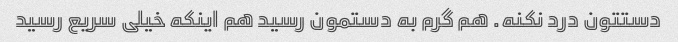
دستتون درد نکنه. هم گرم به دستمون رسید هم اینکه خیلی سریع رسید